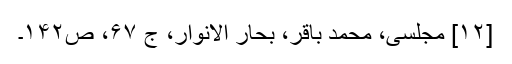
[۱۲] مجلسی، محمد باقر، بحار الانوار، ج‌ ۶۷، ص‌۱۴۲۔